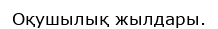
Оқушылық жылдары.